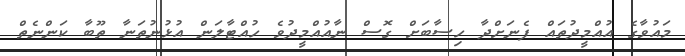
މައުވާގެ އުއްމީދުތައް ފެނަށްދާ ހިސާބަށް ގޮސް ނާއުއްމީދުވެ ހުއްޓާލަން އުޅުނުތަނާ ތޫބާ ކަންނެތް